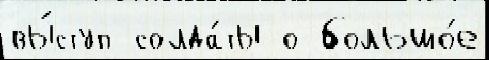
вы́ступ солда́ты о большо́е